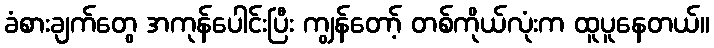
ခံစားချက်တွေ အကုန်ပေါင်းပြီး ကျွန်တော့် တစ်ကိုယ်လုံးက ထူပူနေတယ်။